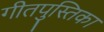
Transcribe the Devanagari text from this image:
गीतपुस्तिका